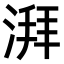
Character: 湃